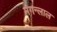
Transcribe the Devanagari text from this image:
मगन्लाल